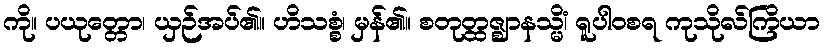
ကို။ ပယုတ္တော၊ ယှဉ်အပ်၏။ ဟိသစ္စံ၊ မှန်၏။ စတုတ္ထဇ္ဈာနသ္မိံ၊ ရူပါဝစရ ကုသိုလ်ကြိယာ